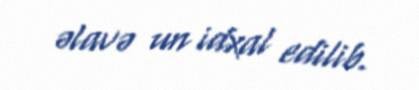
əlavə un idxal edilib.